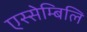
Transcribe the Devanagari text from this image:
एस्सेम्बिलि